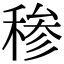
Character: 䅟